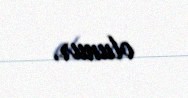
olunur.